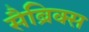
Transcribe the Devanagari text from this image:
सैब्रिक्स